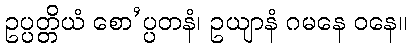
ဥပ္ပတ္တိယံ စော’ပ္ပတနံ၊ ဥယျာနံ ဂမနေ ဝနေ။